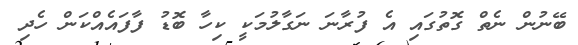
ބޭނުން ނެތް ގޮތުގައި އެ ފުރާނަ ނަގާލުމަކީ ކިހާ ބޮޑު ފާފައެއްކަން ހެދި